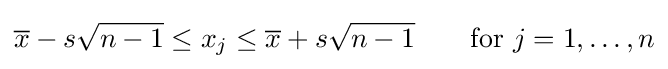
{\overline {x}}-s{\sqrt {n-1}}\leq x_{j}\leq {\overline {x}}+s{\sqrt {n-1}}\qquad {\text{for }}j=1,\dots ,n